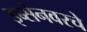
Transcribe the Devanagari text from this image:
इब्सेनवरचे